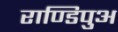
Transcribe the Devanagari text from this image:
राण्डिपुअ